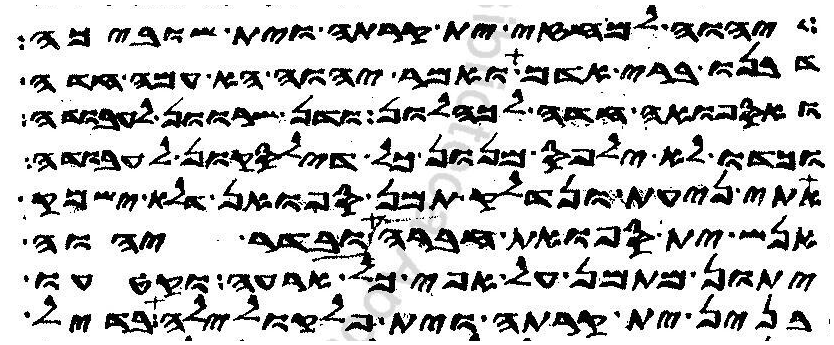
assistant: יהוה למחזי ית קרתה וית שוביכה
דבנו ברי אדם ואמר יהוה הא עמה חדה
ואספואה חדה לכהלון ודן שרוון לעבודה
וכדו לא ילפס מנון כל דילסקון לעבודה
אתי ניעת ונדלק תמן ספואן דלא ישמק
אנש ית ספואת חברה ובדר יהוה
יתון מתמן על אפי כל ארעה וקטעו
בנין ית קרתה וית פלקולילה בדיל